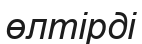
өлтірді